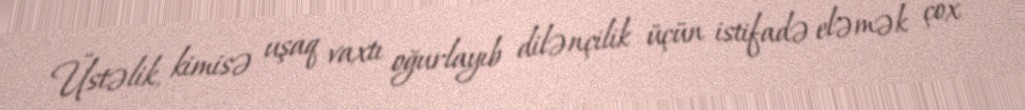
Üstəlik, kimisə uşaq vaxtı oğurlayıb dilənçilik üçün istifadə eləmək çox